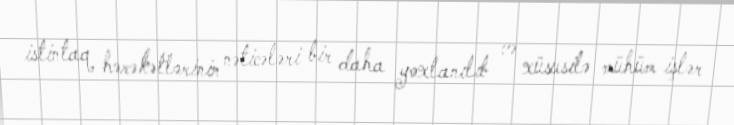
istintaq hərəkətlərinin nəticələri bir daha yoxlanılıb və xüsusilə mühüm işlər